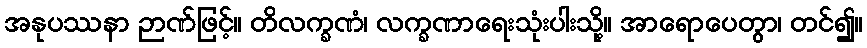
အနုပဿနာ ဉာဏ်ဖြင့်။ တိလက္ခဏံ၊ လက္ခဏာရေးသုံးပါးသို့။ အာရောပေတွာ၊ တင်၍။